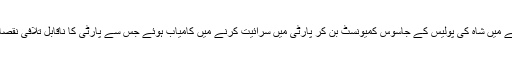
اس زمانے میں شاہ کی پولیس کے جاسوس کمیونسٹ بن کر پارٹی میں سرائیت کرنے میں کامیاب ہوئے جس سے پارٹی کا ناقابل تلافی نقصان پہنچا ۔